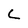
Character: C